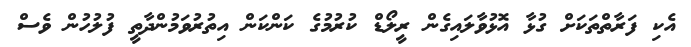
އެކި ފަރާތްތަކަށް ގުޅާ އޮޅުވާލައިގެން ރީލޯޑް ކުރުމުގެ ކަންކަން އިތުރުވަމުންދާތީ ފުލުހުން ވެސް